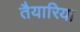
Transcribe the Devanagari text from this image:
तैयारिया